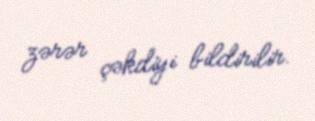
zərər çəkdiyi bildirilir.